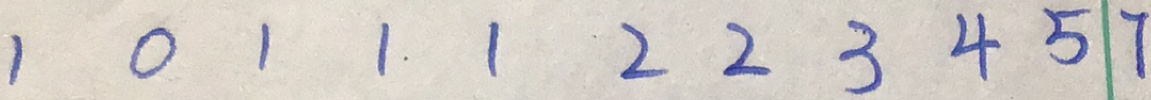
1 0 1 1 1 2 2 3 4 5 7